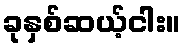
ခုနှစ်ဆယ့်ငါး။